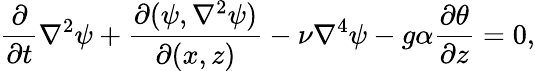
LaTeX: \frac{\partial}{\partial t}\nabla^{2}\psi+\frac{\partial(\psi,\nabla^{2}\psi)}{\partial(x,z)}-\nu\nabla^{4}\psi-g\alpha\frac{\partial\theta}{\partial z}=0,